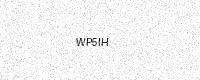
Text: WP5IH